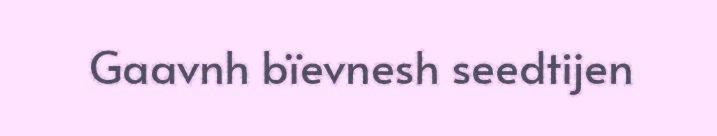
Gaavnh bïevnesh seedtijen